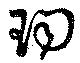
珣